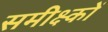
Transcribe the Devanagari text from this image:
समीक्ष्कों